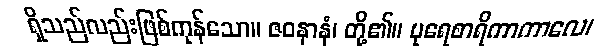
ရှိသည်လည်းဖြစ်ကုန်သော။ ဇဝနာနံ၊ တို့၏။ ပုရေစာရိကာကာလေ၊